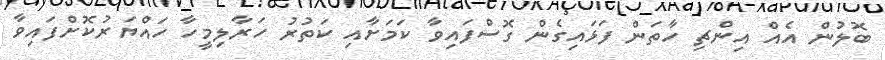
ބޮލުން އެއް އިންޗި ހާތަން ފަޅައިގެން ގޮސްފައިވާ ކަމަށާއި ކަތުރު ހަރާލިމީހާ ހައްޔަރުކޮށްފައިވާ